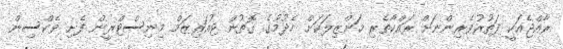
ރާއްޖެއަކީ ފަތުރުވެރިންނަށް ރައްކާތެރި މަންޒިލަކަށް ހެދުމުގެ ގޮތުން ޓުއަރިޒަމް މިނިސްޓްރީން ފެށި ވެކްސިން